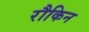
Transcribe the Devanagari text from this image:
रौकिन